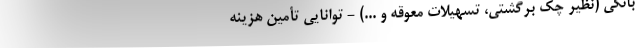
بانکی (نظیر چک برگشتی، تسهیلات معوقه و ...) - توانایی تأمین هزینه